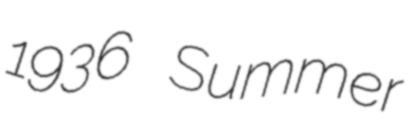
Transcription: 1936 Summer